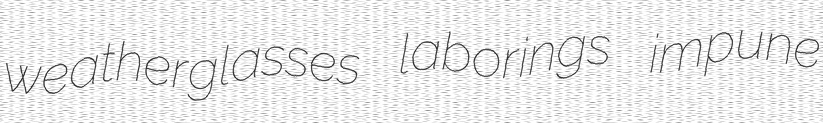
weatherglasses laborings impune